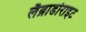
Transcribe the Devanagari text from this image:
लैब्राडोराइट